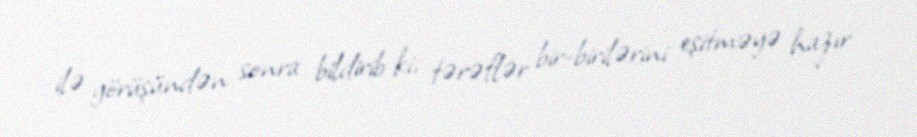
ilə görüşündən sonra bildirib ki, tərəflər bir-birilərini eşitməyə hazır